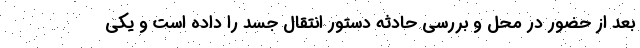
بعد از حضور در محل و بررسی حادثه دستور انتقال جسد را داده است و یکی